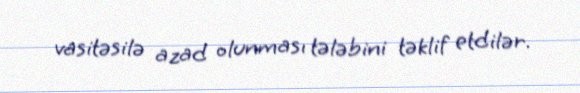
vasitəsilə azad olunması tələbini təklif etdilər.